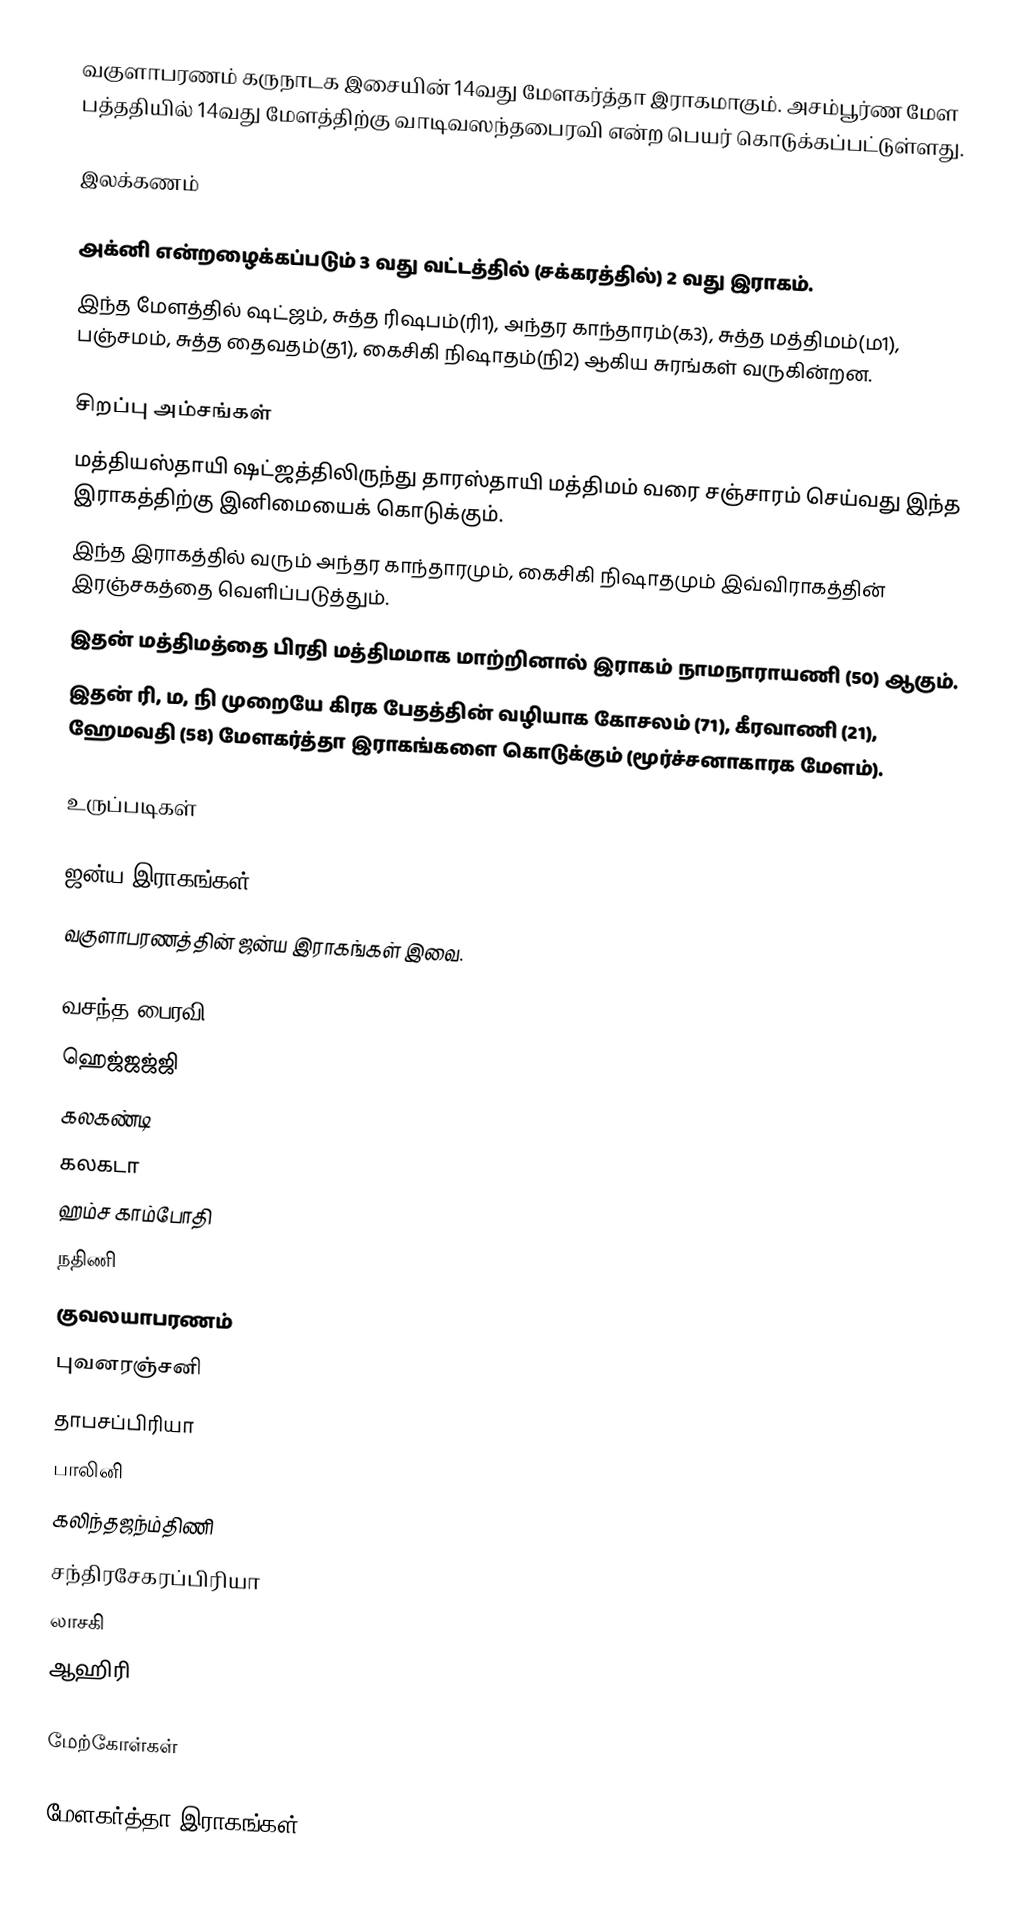
வகுளாபரணம் கருநாடக இசையின் 14வது மேளகர்த்தா இராகமாகும். அசம்பூர்ண மேள பத்ததியில் 14வது மேளத்திற்கு வாடிவஸந்தபைரவி என்ற பெயர் கொடுக்கப்பட்டுள்ளது.

இலக்கணம்

 அக்னி என்றழைக்கப்படும் 3 வது வட்டத்தில் (சக்கரத்தில்) 2 வது இராகம்.
 இந்த மேளத்தில் ஷட்ஜம், சுத்த ரிஷபம்(ரி1), அந்தர காந்தாரம்(க3), சுத்த மத்திமம்(ம1), பஞ்சமம், சுத்த தைவதம்(த1), கைசிகி நிஷாதம்(நி2) ஆகிய சுரங்கள் வருகின்றன.

சிறப்பு அம்சங்கள்
 மத்தியஸ்தாயி ஷட்ஜத்திலிருந்து தாரஸ்தாயி மத்திமம் வரை சஞ்சாரம் செய்வது இந்த இராகத்திற்கு இனிமையைக் கொடுக்கும்.
 இந்த இராகத்தில் வரும் அந்தர காந்தாரமும், கைசிகி நிஷாதமும் இவ்விராகத்தின் இரஞ்சகத்தை வெளிப்படுத்தும்.
 இதன் மத்திமத்தை பிரதி மத்திமமாக மாற்றினால் இராகம் நாமநாராயணி (50) ஆகும்.
 இதன் ரி, ம, நி முறையே கிரக பேதத்தின் வழியாக கோசலம் (71), கீரவாணி (21), ஹேமவதி (58) மேளகர்த்தா இராகங்களை கொடுக்கும் (மூர்ச்சனாகாரக மேளம்).

உருப்படிகள்

ஜன்ய இராகங்கள்
வகுளாபரணத்தின் ஜன்ய இராகங்கள் இவை.

 வசந்த பைரவி
 ஹெஜ்ஜஜ்ஜி
 கலகண்டி
 கலகடா
 ஹம்ச காம்போதி
 நதிணி
 குவலயாபரணம்
 புவனரஞ்சனி
 தாபசப்பிரியா
 பாலினி
 கலிந்தஜந்ம்திணி
 சந்திரசேகரப்பிரியா
 லாசகி
 ஆஹிரி

மேற்கோள்கள்

மேளகர்த்தா இராகங்கள்